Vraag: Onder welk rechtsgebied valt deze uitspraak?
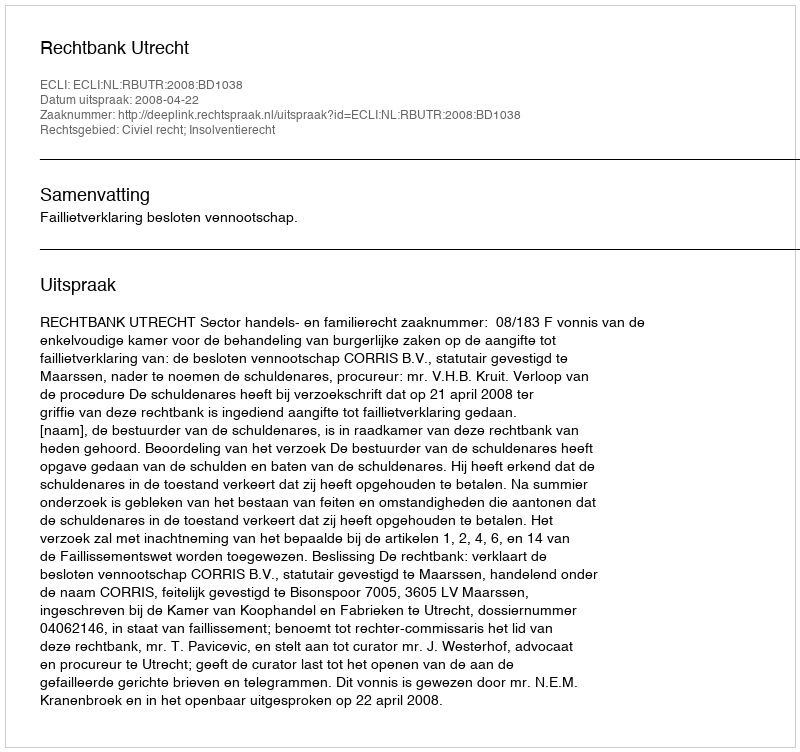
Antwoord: Civiel recht; Insolventierecht